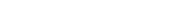
٦